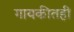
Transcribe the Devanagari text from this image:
गायकीतही